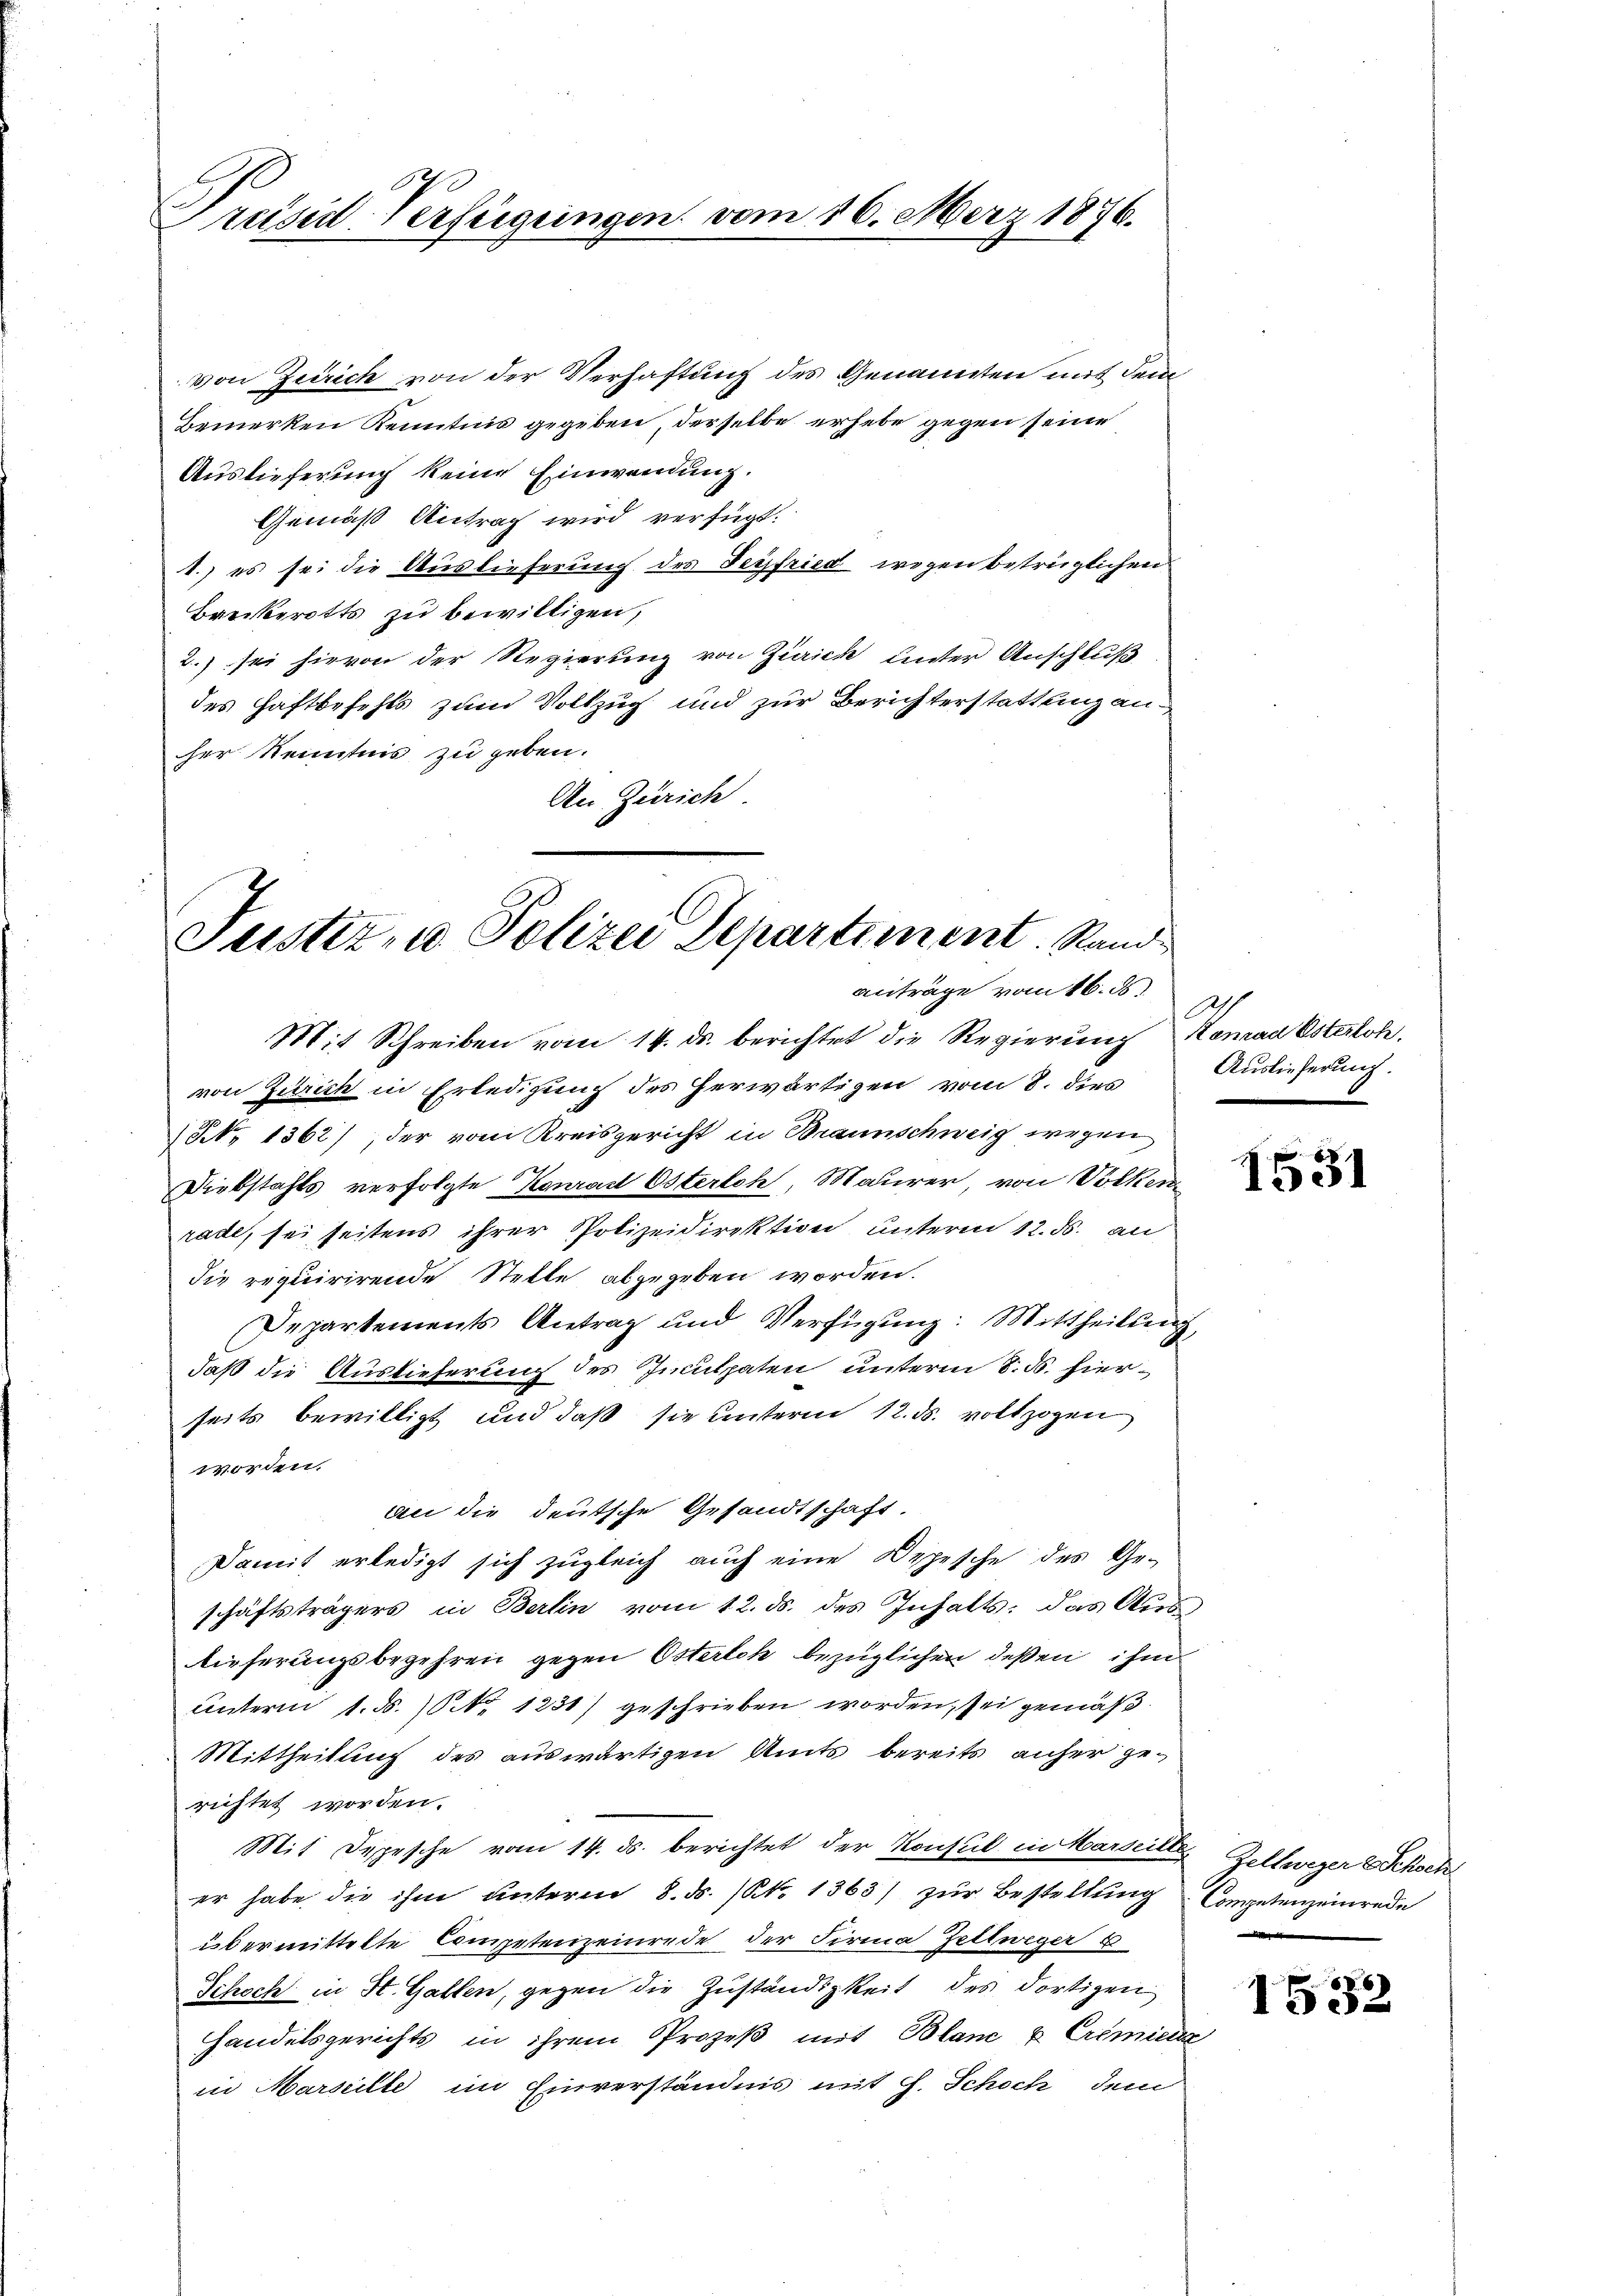
räsid-Verfügungen vom 16. März 1876.

von Zürich von der Verhaftung des Genannten mit dem
Bemerken Kenntnis gegeben, derselbe erhebe gegen seine
Auslieferung keine Einwendung.
Gemäß Antrag wird verfügt:
1.) es sei die Auslieferung des Seyfried wegen betrüglichen
Breckerotts zu bewilligen,
2.) sei hievon der Regierung von Zürick unter Anschluß
des Haftbefehls zum Vollzug und zur Berichterstattung anher Kenntnis zu geben.
An Zürich

Justiz- u Polizei Departement. Stand
anträge vom 16. ds

Mit Schreiben vom 14. ds. berichtet die Regierung Koman Osterloh
von Zürich in Erledigung des herwärtigen vom 8. dies Auslieferung.
1 No 1362), der vom Kreisgericht in Braunschweig wegen
Diebstahls verfolgte Konrad Osterlch, Maurer, von Volken
rade, sei seitens ihrer Polizeidirektion unterm 12. ds. an
die requirirende Stelle abgegeben worden.
Departements Antrag und Verfügung: Mittheilung,
daß die Auslieferung des Inculpaten unterm 8. ds. hierseits bewilligt und daß sie unterm 12. ds. vollzogen
worden.
an die deutsche Gesandtschaft.
Damit erledigt sich zugleich auch eine Depesche des Geschäftsträgers in Berlin vom 12. ds. des Inhalts: das Auslieferungsbegehren gegen Osterth bezüglichen deßen, ihm
Unterm 1. d. 1. No 1231) geschrieben worden, sei gemäß
Mittheilung des auswärtigen Amts bereits anher gerichtet worden.
Mit Depesche vom 14. ds. berichtet der Konsul in Harzeller Zellweger & Schoch
er habe die ihm unterm 8. ds. (N. 1363) zur Bestellung Competenzeinrede
übermittelte Competenzeinrede der Firma Zellweger u
Schoch in St. Gallen, gegen die Zuständigkeit des dortigen
handelsgerichts in ihrem Prozeß mit Blanc u. Crimiers
in Marseille im Einverständnis mit J. Schoch dem

1531

e

1532